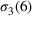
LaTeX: \sigma _ { 3 } ( 6 )